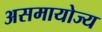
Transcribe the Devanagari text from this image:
असमायोज्य